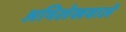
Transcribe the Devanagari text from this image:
अभिलेखवाले